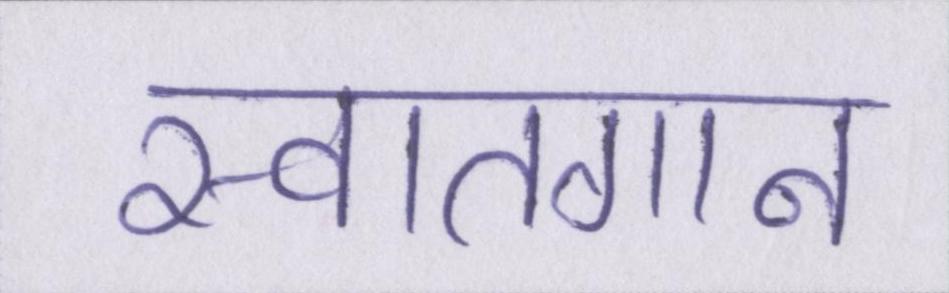
स्वातगान